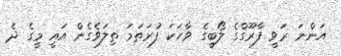
އަންނަ ރަވީ ފާރޫގްގެ ލޯބީގެ ވާހަކަ ފުރަތަމަ ތިލަވެގެން އައީ މީގެ ދެ